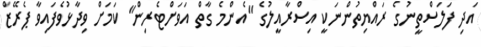
އަދި ފަލަސްތީނުގެ ރައްޔިތުންނަކީ އިސްރާއީލުގެ "އެންމެ ގާތް އަވަށްޓެރިން" ކަމަށް ވިދާޅުވެފައިވާ ޕެރޭޒް